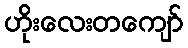
ဟိုးလေးတကျော်